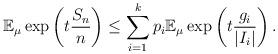
LaTeX: \begin{align*}\mathbb E_{\mu} \exp \left( t \frac{S_n}{n} \right) \leq \sum_{i=1}^k p_i \mathbb E_{\mu} \exp \left( t \frac{g_i}{|I_i|} \right).\end{align*}